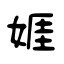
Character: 娾